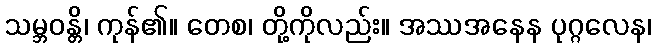
သမ္ဘဝန္တိ၊ ကုန်၏။ တေစ၊ တို့ကိုလည်း။ အဿအနေန ပုဂ္ဂလေန၊